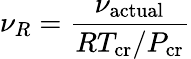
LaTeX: \nu_{R}={\frac{\nu_{\mathrm{actual}}}{RT_{\mathrm{cr}}/P_{\mathrm{cr}}}}